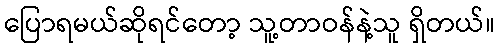
ပြောရမယ်ဆိုရင်တော့ သူ့တာဝန်နဲ့သူ ရှိတယ်။